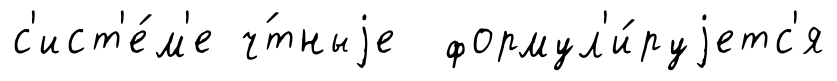
с'ист'е́м'е ч́тныjе формул'и́руjетс'я